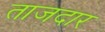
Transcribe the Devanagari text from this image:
ताजदार